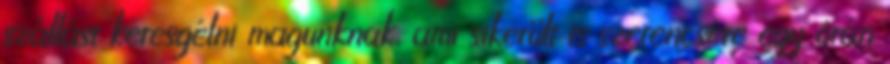
szállást keresgélni magunknak, ami sikerült is szerencsére egy órán